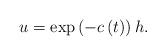
LaTeX: \begin{align*}u=\exp\left(-c\left(t\right)\right)h.\end{align*}